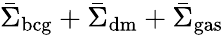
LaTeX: \bar{\Sigma}_{\mathrm{bcg}}+\bar{\Sigma}_{\mathrm{dm}}+\bar{\Sigma}_{\mathrm{gas}}